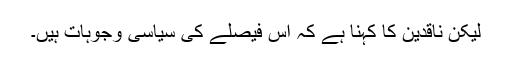
ليکن ناقدين کا کہنا ہے کہ اس فيصلے کی سياسی وجوہات ہيں۔